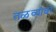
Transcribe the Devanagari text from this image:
तळव्यांवर